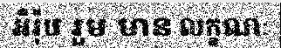
អឺរ៉ុប រួម មាន លក្ខណៈ